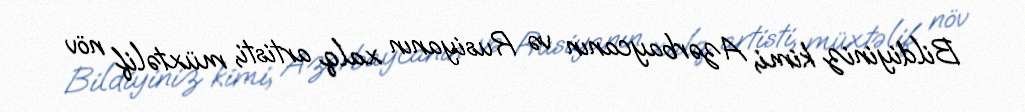
Bildiyiniz kimi, Azərbaycanın və Rusiyanın xalq artisti, müxtəlif növ